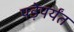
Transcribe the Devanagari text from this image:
पड़ेपर्यंत